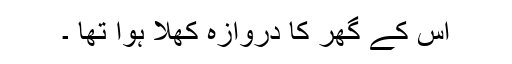
اس کے گھر کا دروازہ کھلا ہوا تھا ۔